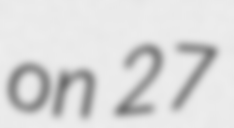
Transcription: on 27